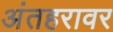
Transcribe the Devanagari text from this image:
अंतहरावर